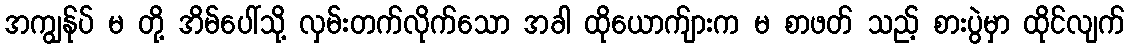
အကျွန်ုပ် မ တို့ အိမ်ပေါ်သို့ လှမ်းတက်လိုက်သော အခါ ထိုယောက်ျားက မ စာဖတ် သည့် စားပွဲမှာ ထိုင်လျက်